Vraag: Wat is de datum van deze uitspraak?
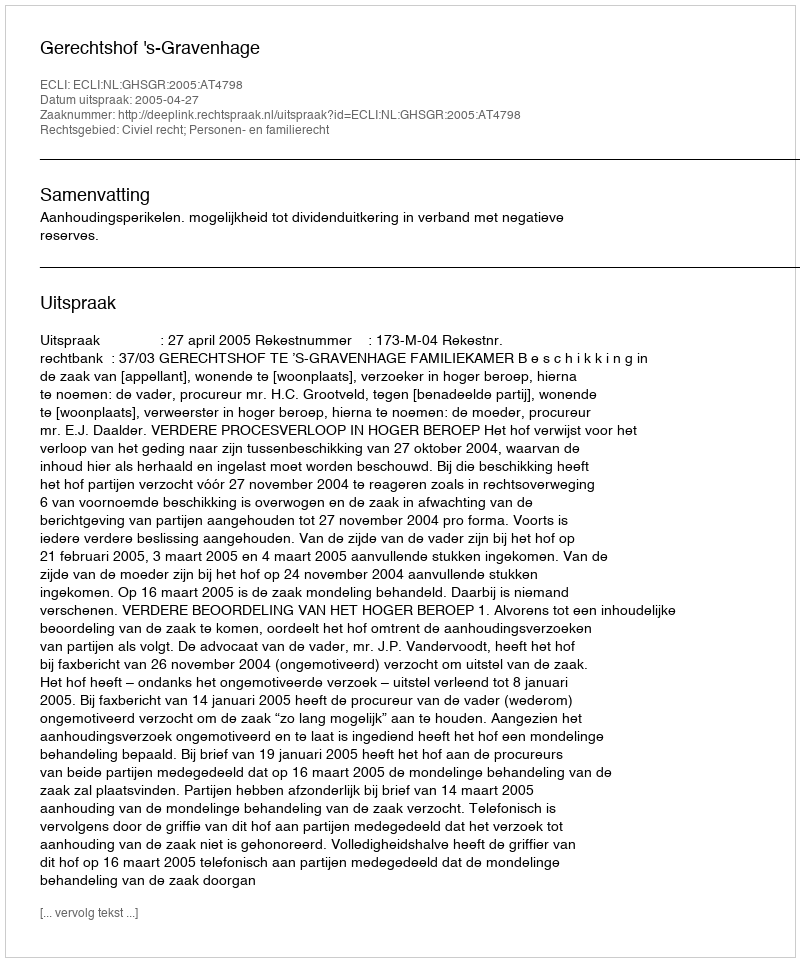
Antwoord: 2005-04-27